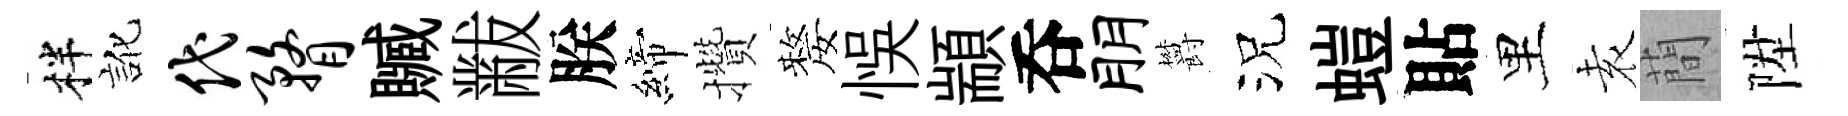
柈訛代瞀贓黻朕締攢嫠悞顓呑朋欝況螘貼里𡊮蕳陞